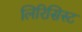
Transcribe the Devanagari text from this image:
लिरिसिस्ट